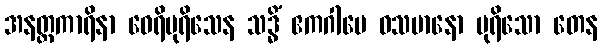
အနတ္ထကာရိနာ ဝေရိပုရိသေန သဒ္ဓိံ ဧကဂါမေ ဝသမာနော ပုရိသော တေန